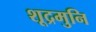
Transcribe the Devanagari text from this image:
शूद्रमुनि